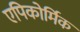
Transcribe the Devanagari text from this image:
एपिकोर्मिक